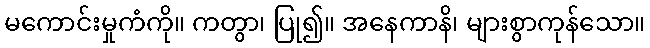
မကောင်းမှုကံကို။ ကတွာ၊ ပြု၍။ အနေကာနိ၊ များစွာကုန်သော။